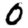
Digit: 0